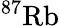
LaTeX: \mathrm{^{87}Rb}